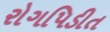
રોગપિડીત